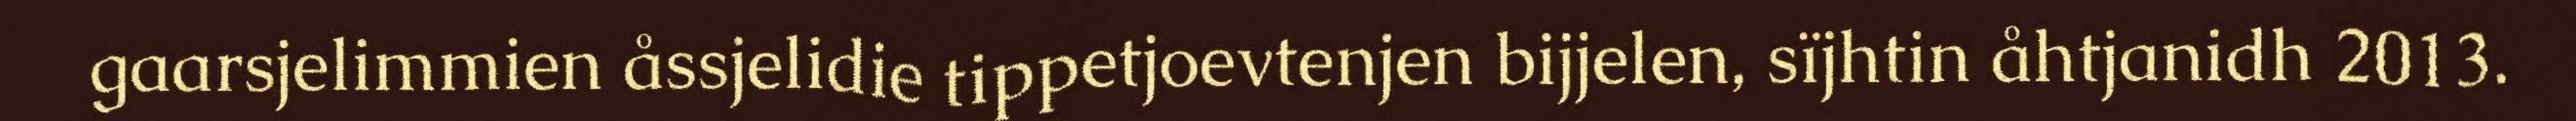
gaarsjelimmien åssjelidie tippetjoevtenjen bijjelen, sïjhtin åhtjanidh 2013.